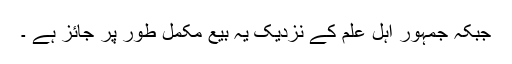
جبکہ جمہور اہلِ علم کے نزدیک یہ بیع مکمل طور پر جائز ہے ۔